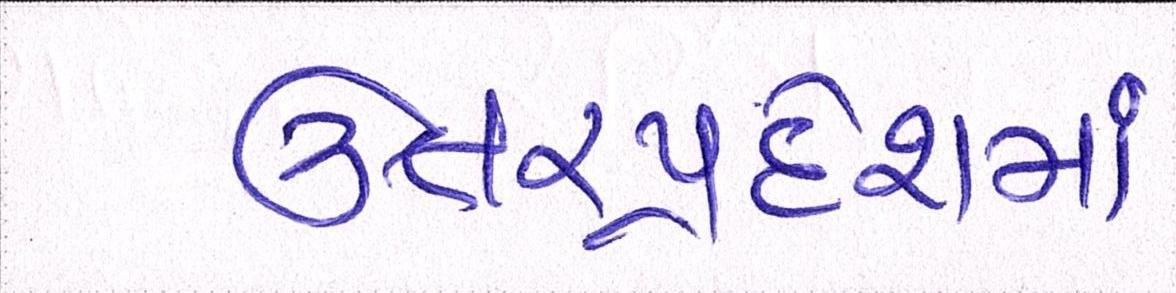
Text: ઉત્તરપ્રદેશમાં